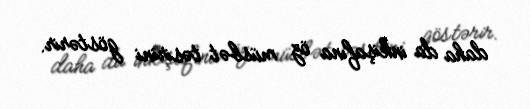
daha da inkişafına öz müsbət təsirini göstərir.